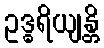
ဥဒ္ဓရိယျန္တိ